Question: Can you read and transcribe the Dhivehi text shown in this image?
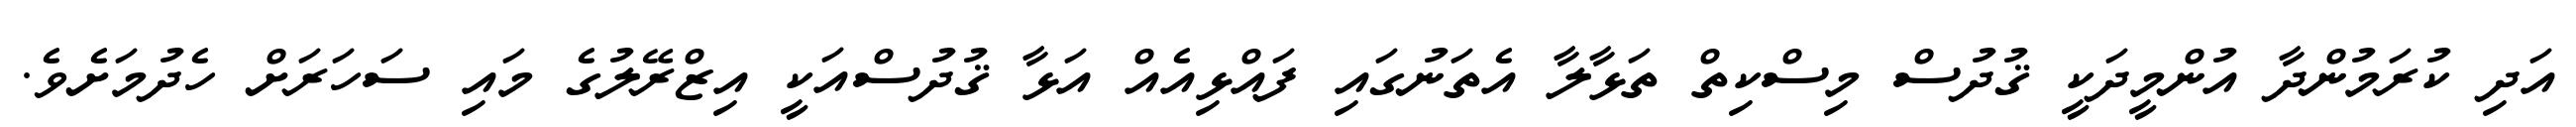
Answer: އަދި ކުރަމުންދާ އުންމީދަކީ ޤުދުސް މިސްކިތް ތަޅާލާ އެތަނުގައި ފައްޅިއެއް އަޅާ ޤުދުސްއަކީ އިޒްރޭލުގެ މައި ސަހަރަށް ހެދުމަށެވެ.